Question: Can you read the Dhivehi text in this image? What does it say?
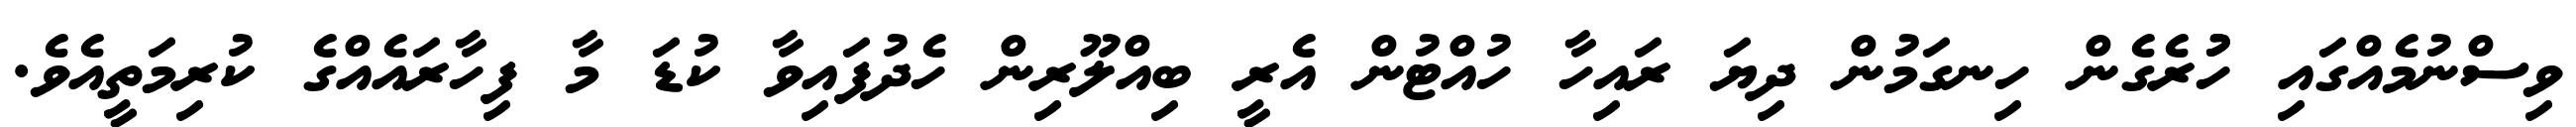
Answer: ވިސްނުމެއްގައި ހުުރެގެން ހިނގަމުން ދިޔަ ރައިހާ ހުއްޓުން އެރީ ބިއްލޫރިން ހެދުފައިވާ ކުޑަ މާ ފިހާރައެއްގެ ކުރިމަތީއެވެ.